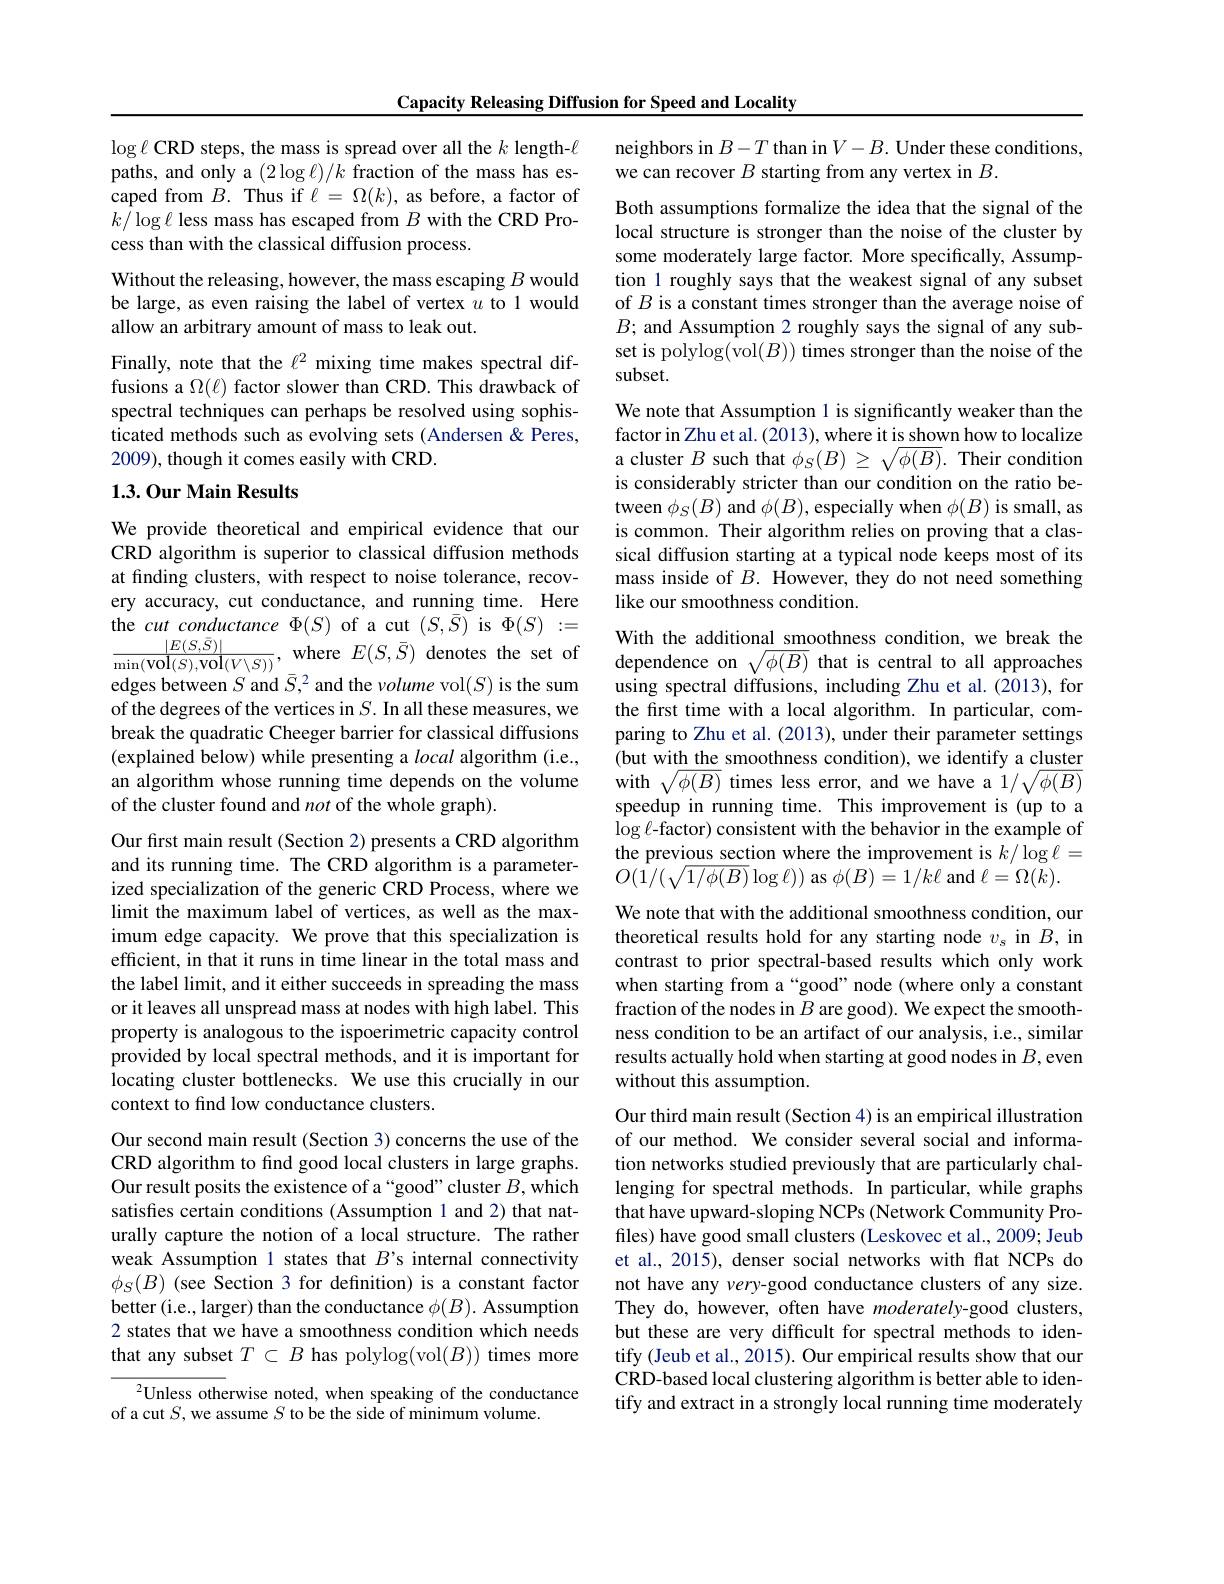
Capacity Releasing Diffusion for Speed and Locality

$\log\ell$ CRD steps, the mass is spread over all the $k$ length-$\ell$ paths, and only a $(2\log\ell)/k$ fraction of the mass has escaped from $B.$ Thus if $\ell=\Omega(k)$, as before, a factor of $k/\log\ell$ less mass has escaped from $B$ with the CRD Process than with the classical diffusion process.
Without the releasing, however, the mass escaping $B$ would be large, as even raising the label of vertex $u$ to 1 would allow an arbitrary amount of mass to leak out.
Finally, note that the $\ell^2$ mixing time makes spectral diffusions a $\Omega(\ell)$ factor slower than CRD. This drawback of spectral techniques can perhaps be resolved using sophisticated methods such as evolving sets (Andersen &Peres, 2009), though it comes easily with CRD.

## 1.3.0ur Main Results

We provide theoretical and empirical evidence that our CRD algorithm is superior to classical diffusion methods at finding clusters, with respect to noise tolerance, recovery accuracy, cut conductance, and running time. Here the $cut\textit{conductance }\Phi ( S)$ of a cut $(S,\bar{S})$ is $\Phi(S):=$ $\frac {| E( S, \bar{S} ) | }{\min ( \mathrm{vol}( S) , \mathrm{vol}( V\setminus S) ) }$, where $E( S, \bar{S} )$ denotes the set of With the additional smoothness condition, we break thes dependence on$\sqrt {\phi ( B) }$ that is central to all approaches derobetron Serd$\bar{S} ^{2}$and the and $( S)$ is the a
edges between $S$ and $\bar{S},^2$ and the volume vol$(S)$ is the sum of the degrees of the vertices in $S.$ In all these measures, we break the quadratic Cheeger barrier for classical diffusions (explained below) while presenting a local algorithm (i.e., an algorithm whose running time depends on the volume of the cluster found and not of the whole graph).

Our first main result (Section 2) presents a CRD algorithm and its running time. The CRD algorithm is a parameterized specialization of the generic CRD Process, where we limit the maximum label of vertices, as well as the maximum edge capacity. We prove that this specialization is efficient, in that it runs in time linear in the total mass and the label limit, and it either succeeds in spreading the mass or it leaves all unspread mass at nodes with high label. This property is analogous to the ispoerimetric capacity control provided by local spectral methods, and it is important for locating cluster bottlenecks. We use this crucially in our context to find low conductance clusters.

Our second main result (Section 3) concerns the use of the CRD algorithm to fnd good local clusters in large graphs. Our result posits the existence of a “good”cluster $B$,which satisfies certain conditions (Assumption 1 and 2) that naturally capture the notion of a local structure. The rather weak Assumption 1 states that $B’$s internal connectivity $\phi_{S}(B)$ (see Section 3 for definition) is a constant factor better (i.e., larger) than the conductance $\phi(B).$ Assumption 2 states that we have a smoothness condition which needs that any subset $T\subset B$ has polylog(vol$(B))$ times more

${^{2}\text{Unless otherwise noted, when speaking of the conductance}}$
of a cut $S$, we assume $S$ to be the side of minimum volume.

neighbors in $B-T$ than in $V-B.$ Under these conditions,
we can recover $B$ starting from any vertex in $B.$

Both assumptions formalize the idea that the signal of the local structure is stronger than the noise of the cluster by some moderately large factor. More specifically, Assumption 1 roughly says that the weakest signal of any subset of $B$ is a constant times stronger than the average noise of $B;$ and Assumption 2 roughly says the signal of any subset is polylog(vol(B)) times stronger than the noise of the subset.
We note that Assumption 1 is significantly weaker than the factor in Zhu et al. (2013), where it is shown how to localize a cluster $B$ such that $\phi_S(B)\geq\sqrt{\phi(B)}.$ Their condition is considerably stricter than our condition on the ratio between $\phi_S(B)$ and $\phi(B)$, especially when $\phi(B)$ is small, as is common. Their algorithm relies on proving that a classical diffusion starting at a typical node keeps most of its mass inside of $B.$ However, they do not need something like our smoothness condition.
With the additional smoothness condition, we break the using spectral diffusions, including Zhu et al. (2013), for the first time with a local algorithm. In particular, comparing to Zhu et al. (2013), under their parameter settings (but with the smoothness condition), we identify a cluster with $\sqrt\phi(B)$ times less error, and we have a $1/\sqrt{\phi(B)}$ speedup in running time. This improvement is (up to a $\log\ell$-factor) consistent with the behavior in the example of the previous section where the improvement is $k/\log\ell=$ $O(\bar{1}/(\sqrt{1/\phi(B)}\log\ell))$ as $\phi(B)=1/k\ell$ and $\ell=\Omega(k).$
We note that with the additional smoothness condition, our theoretical results hold for any starting node $v_s$ in $B$, in contrast to prior spectral-based results which only work when starting from a“good”node (where only a constant fraction of the nodes in $B$ are good). We expect the smoothness condition to be an artifact of our analysis, i.e., similar results actually hold when starting at good nodes in $B$,even without this assumption.
Our third main result (Section 4) is an empirical illustration of our method. We consider several social and information networks studied previously that are particularly challenging for spectral methods. In particular, while graphs that have upward-sloping NCPs (Network Community Profiles) have good small clusters (Leskovec et al., 2009; Jeub et al., 2015), denser social networks with flat NCPs do not have any very-good conductance clusters of any size. They do, however, often have moderately-good clusters,

but these are very difficult for spectral methods to identify (Jeub et al., 2015). Our empirical results show that our CRD-based local clustering algorithm is better able to identify and extract in a strongly local running time moderately